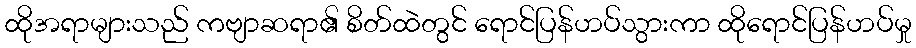
ထိုအရာများသည် ကဗျာဆရာ၏ စိတ်ထဲတွင် ရောင်ပြန်ဟပ်သွားကာ ထိုရောင်ပြန်ဟပ်မှု